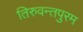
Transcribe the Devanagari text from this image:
तिरुवन्तपुरम